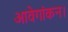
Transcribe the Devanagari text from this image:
आवेगांकन।